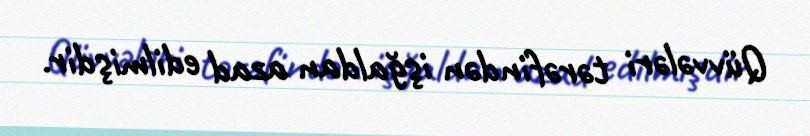
Qüvvələri tərəfindən işğaldan azad edilmişdir.